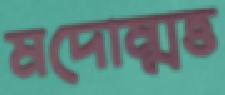
মদোম্মত্ত